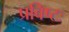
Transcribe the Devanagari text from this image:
प्रविष्टः